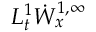
L _ { t } ^ { 1 } \dot { W } _ { x } ^ { 1 , \infty }